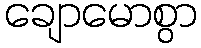
ချောမောစွာ